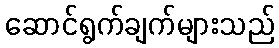
ဆောင်ရွက်ချက်များသည်